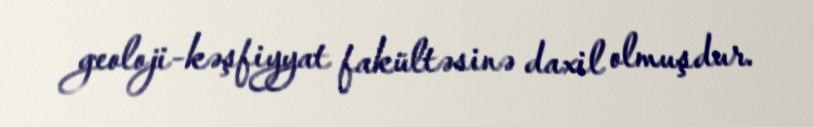
geoloji-kəşfiyyat fakültəsinə daxil olmuşdur.